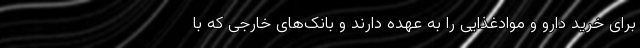
برای خرید دارو و موادغذایی را به عهده دارند و بانک‌های خارجی که با